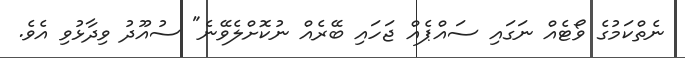
ނެތްކަމުގެ ވޯޓެއް ނަގައި ސައްޕެއް ޖަހައި ބޭރެއް ނުކޮށްލެވޭނެ" ސުއޫދު ވިދާޅުވި އެވެ.